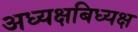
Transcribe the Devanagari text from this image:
अध्यक्षबिध्यक्ष